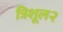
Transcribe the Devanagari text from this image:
त्रिशूल२